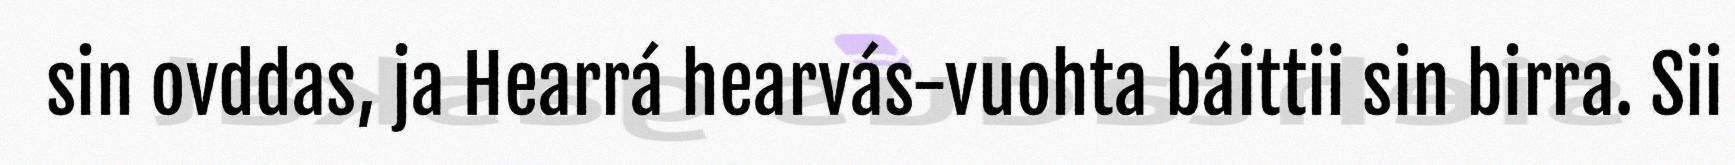
sin ovddas, ja Hearrá hearvás-vuohta báittii sin birra. Sii